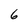
Character: 6